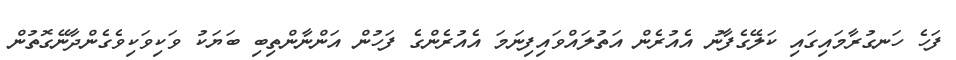
ފަހެ ހަނގުރާމައިގައި ކަލޭގެފާނު އެއުރެން އަތުލައްވައިފިނަމަ އެއުރެންގެ ފަހުން އަންނާންތިބި ބަޔަކު ވަކިވަކިވެގެންދާނޭގޮތުން